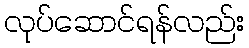
လုပ်ဆောင်ရန်လည်း